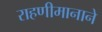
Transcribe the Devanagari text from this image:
राहणीमानाने